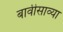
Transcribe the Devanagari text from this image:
बावीसाव्या